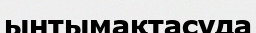
ынтымақтасуда